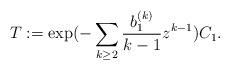
LaTeX: \begin{align*}T:=\mathrm{exp}(-\sum_{k\geq 2}\frac{b_1^{(k)}}{k-1} z^{k-1}) C_1.\end{align*}